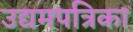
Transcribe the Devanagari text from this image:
उद्यमपत्रिका